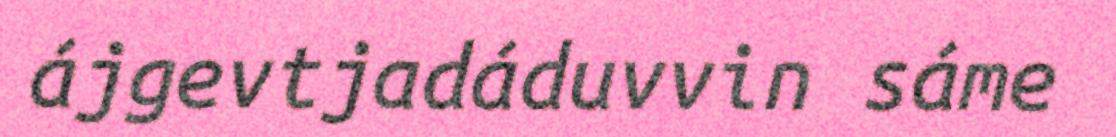
ájgevtjadáduvvin sáme